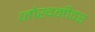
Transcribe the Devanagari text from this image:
जोखमीवर